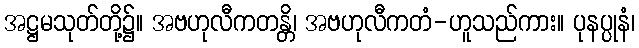
အဋ္ဌမသုတ်တို့၌။ အဗဟုလီကတန္တိ၊ အဗဟုလီကတံ-ဟူသည်ကား။ ပုနပ္ပုနံ၊